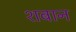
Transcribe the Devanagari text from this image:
शबान